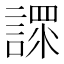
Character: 𧪟